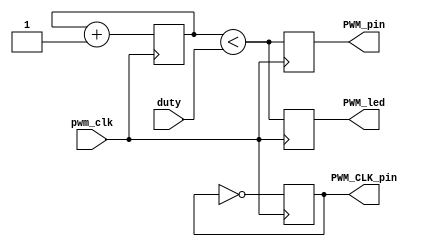
module pwm #(  parameter DUTYWIDTH  = 8 ) (
    input pwm_clk,
    input [DUTYWIDTH - 1:0] duty,
    output reg PWM_led,
    output reg PWM_pin,
    output reg PWM_CLK_pin
    );

reg [DUTYWIDTH - 1:0] count = 0;

always @(posedge pwm_clk)
begin
  count <= count + 1;
  PWM_led <= (count < duty);
  PWM_pin <= (count < duty);
  PWM_CLK_pin <= ! PWM_CLK_pin;
end

endmodule